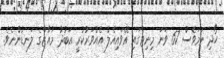
ހޯދި ނަމަވެސް 67 ވަނަ މިނިޓްގައި އޭވައިއެލް އެއްވަރުކުރީ އަބުދު މުއާޒްގެ ލަނޑުންނެވެ.